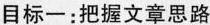
目标一：把握文章思路